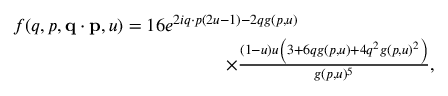
\begin{array} { r } { f ( q , p , \ensuremath { \mathbf { q } } \cdot \ensuremath { \mathbf { p } } , u ) = 1 6 e ^ { 2 i \b { q } \cdot \b { p } ( 2 u - 1 ) - 2 q g ( p , u ) } \phantom { x x x x x x x x x x x x x x x } } \\ { \times \frac { ( 1 - u ) u \left( 3 + 6 q g ( p , u ) + 4 q ^ { 2 } g ( p , u ) ^ { 2 } \right) } { g ( p , u ) ^ { 5 } } , \; \; \; } \end{array}